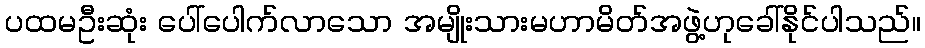
ပထမဦးဆုံး ပေါ်ပေါက်လာသော အမျိုးသားမဟာမိတ်အဖွဲ့ဟုခေါ်နိုင်ပါသည်။